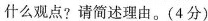
什么观点?请简述理由。(4分)